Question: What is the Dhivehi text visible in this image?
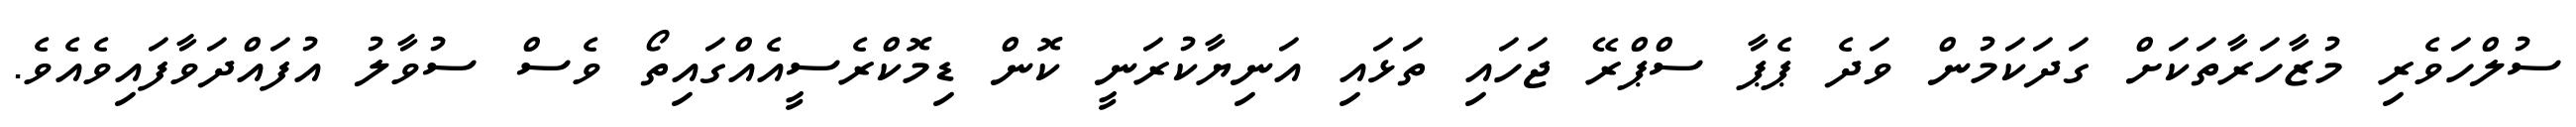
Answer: ސުލްހަވެރި މުޒާހަރާތަކަށް ގަދަކަމުން ވަދެ ޕެޕާ ސްޕްރޭ ޖަހައި ތަޅައި އަނިޔާކުރަނީ ކޮން ޑިމޮކްރެސީއެއްގައިތޯ ވެސް ސުވާލު އުފައްދަވާފައިވެއެވެ.